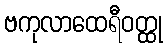
ဗကုလာထေရီဝတ္ထု